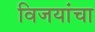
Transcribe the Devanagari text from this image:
विजयांचा